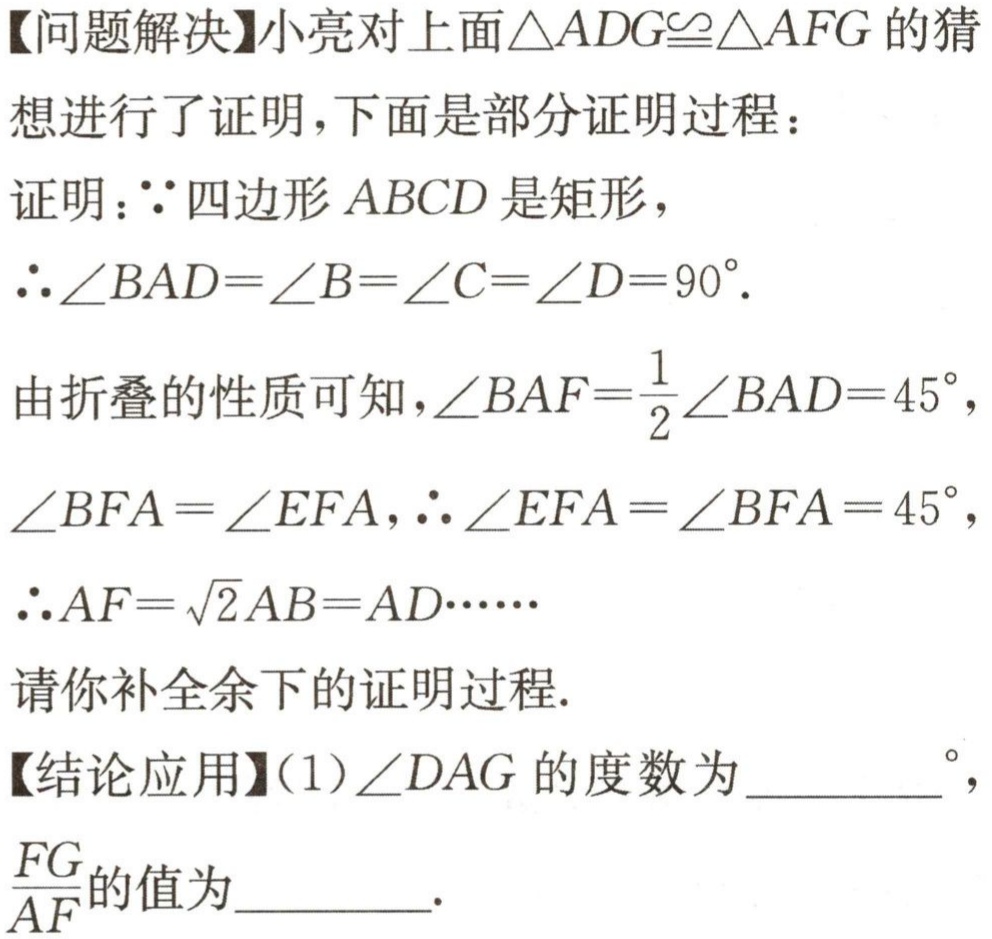
【问题解决】
证明：$\because$四边形$ABCD$是矩形，
$\therefore\angle BAD = \angle B=\angle C=\angle D = 90^{\circ}$.
由折叠的性质可知，$\angle BAF=\frac{1}{2}\angle BAD = 45^{\circ}$，
$\angle BFA=\angle EFA$，$\therefore\angle EFA=\angle BFA = 45^{\circ}$，
$\therefore AF = \sqrt{2}AB = AD\cdots\cdots$
请你补全余下的证明过程.
【结论应用】(1)$\angle DAG$的度数为________$^{\circ}$，
$\frac{FG}{AF}$的值为________.